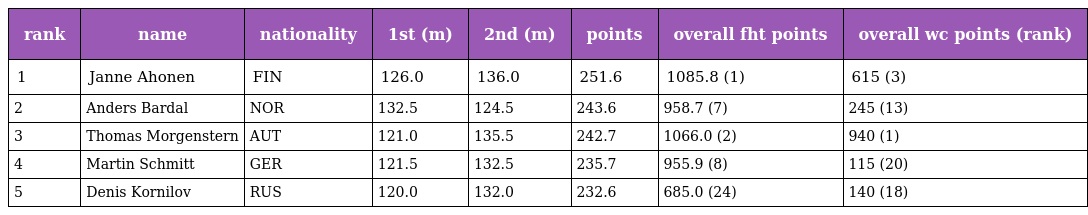
| rank | name | nationality | 1st (m) | 2nd (m) | points | overall fht points | overall wc points (rank) |
 | --- | --- | --- | --- | --- | --- | --- | --- |
 | 1 | Janne Ahonen | FIN | 126.0 | 136.0 | 251.6 | 1085.8 (1) | 615 (3) |
 | 2 | Anders Bardal | NOR | 132.5 | 124.5 | 243.6 | 958.7 (7) | 245 (13) |
 | 3 | Thomas Morgenstern | AUT | 121.0 | 135.5 | 242.7 | 1066.0 (2) | 940 (1) |
 | 4 | Martin Schmitt | GER | 121.5 | 132.5 | 235.7 | 955.9 (8) | 115 (20) |
 | 5 | Denis Kornilov | RUS | 120.0 | 132.0 | 232.6 | 685.0 (24) | 140 (18) |